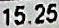
15.25